Lunatic asylums Central Provinces reports 1910-1926 - 1910-1926
Year: 1910
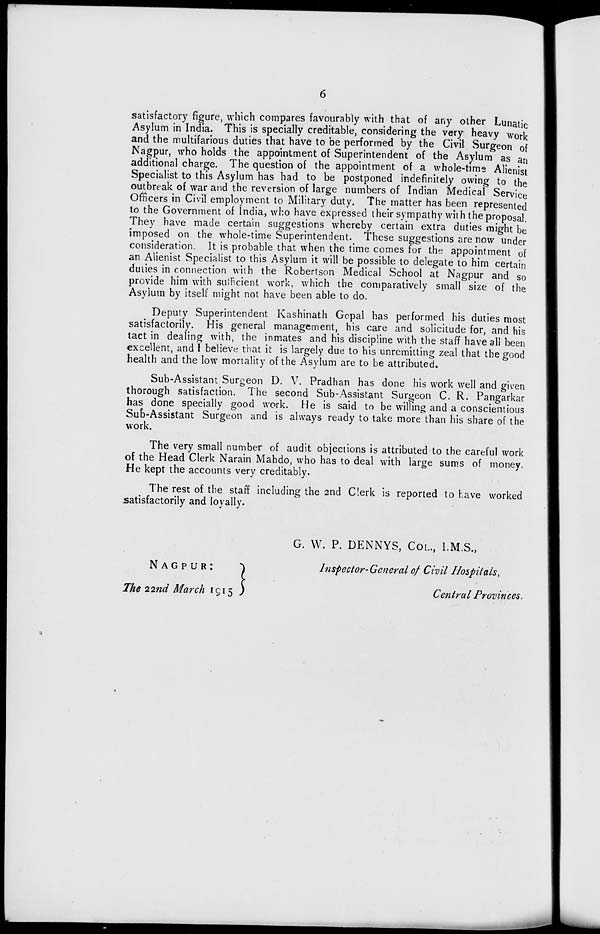
6
satisfactory figure, which compares favourably with that of any other Lunatic
Asylum in India. This is specially creditable, considering the very heavy work
and the multifarious duties that have to be performed by the Civil Surgeon of
Nagpur, who holds the appointment of Superintendent of the Asylum as an
additional charge. The question of the appointment of a whole-time Alienist
Specialist to this Asylum has had to be postponed indefinitely owing to the
outbreak of war and the reversion of large numbers of Indian Medical Service
Officers in Civil employment to Military duty. The matter has been represented
to the Government of India, who have expressed their sympathy with the proposal.
They have made certain suggestions whereby certain extra duties might be
imposed on the whole-time Superintendent. These suggestions are now under
consideration. It is probable that when the time comes for the appointment of
an Alienist Specialist to this Asylum it will be possible to delegate to him certain
duties in connection with the Robertson Medical School at Nagpur and so
provide him with sufficient work, which the comparatively small size of the
Asylum by itself might not have been able to do.
Deputy Superintendent Kashinath Gopal has performed his duties most
satisfactorily. His general management, his care and solicitude for, and his
tact in dealing with, the inmates and his discipline with the staff have all been
excellent, and I believe that it is largely due to his unremitting zeal that the good
health and the low mortality of the Asylum are to be attributed.
Sub-Assistant Surgeon D. V. Pradhan has done his work well and given
thorough satisfaction. The second Sub-Assistant Surgeon C. R. Pangarkar
has done specially good work. He is said to be willing and a conscientious
Sub-Assistant Surgeon and is always ready to take more than his share of the
work.
The very small number of audit objections is attributed to the careful work
of the Head Clerk Narain Mahdo, who has to deal with large sums of money.
He kept the accounts very creditably.
The rest of the staff including the 2nd Clerk is reported to have worked
satisfactorily and loyally.
NAGPUR:
The 22nd March 1915
G. W. P. DENNYS, COL., I.M.S.,
Inspector-General of Civil Hospitals,
Central Provinces.